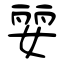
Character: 婯